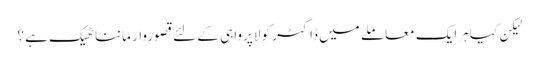
لیکِن کیا ہرایک معاملے میں ڈاکٹر کو لاپرواہی کے لئے قصوروار ماننا ٹھیک ہے ؟